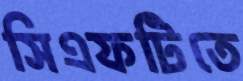
সিএফটিতে